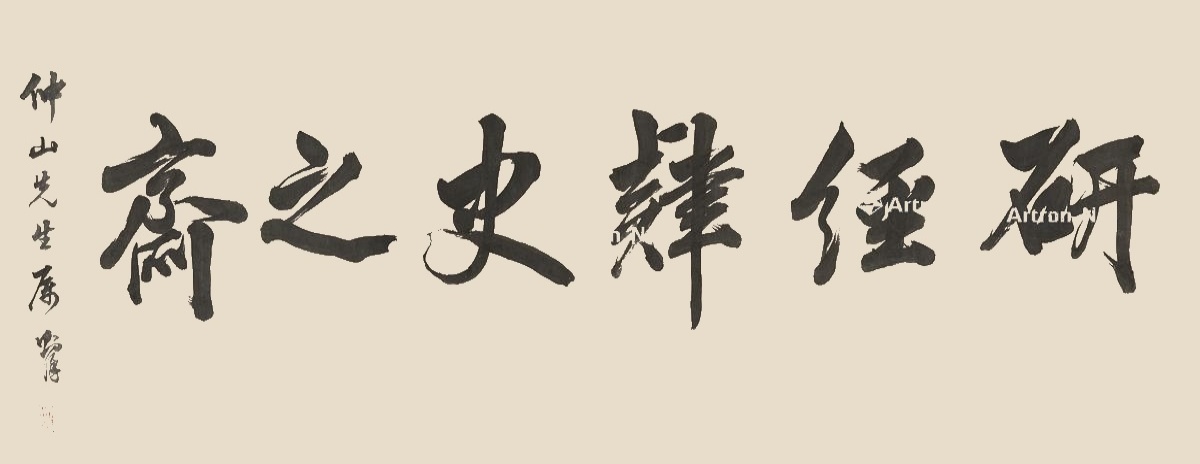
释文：研经肄史之斋。仲山先生属，则徐。